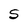
Character: S